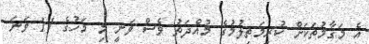
އެ މަގާމުތަކަށް ކުރިމަތިލުމުގެ މުއްދަތު ވެސް ވަނީ މި މަހުގެ 11 ވަނަ